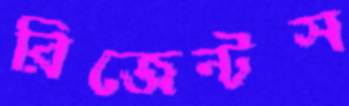
রিজেন্টস